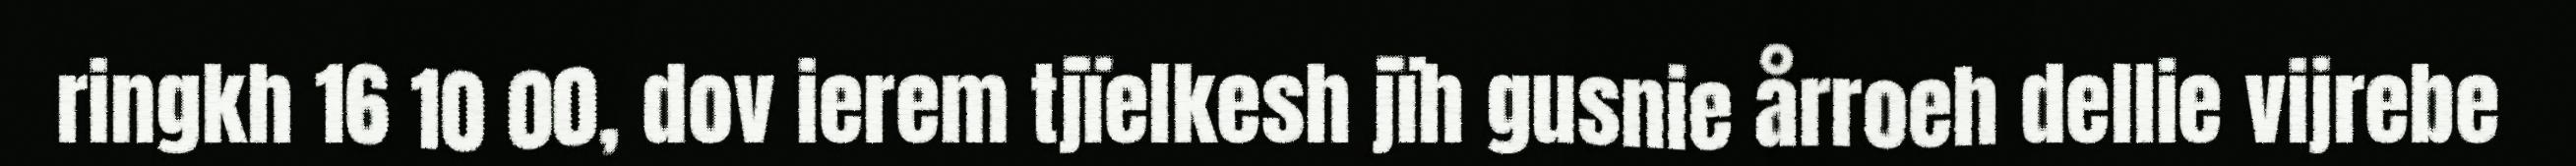
ringkh 16 10 00, dov ierem tjïelkesh jïh gusnie årroeh dellie vijrebe